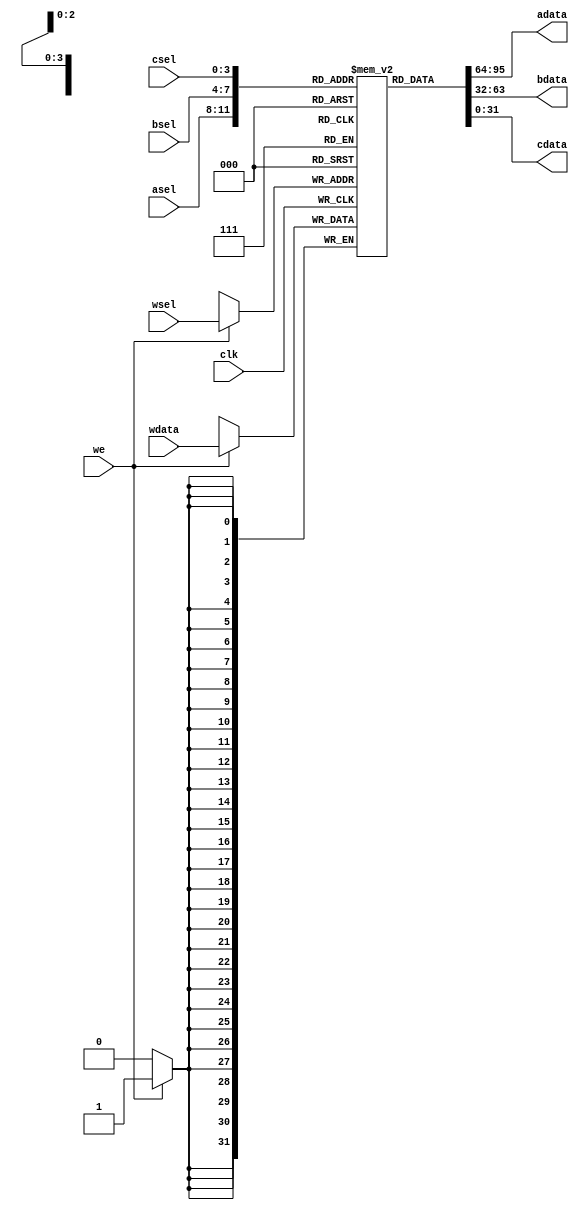
module regfile #(parameter WIDTH=32, parameter RSELWIDTH=4) (
    input clk, 
    input we, 
    input [RSELWIDTH-1:0] wsel, input  [WIDTH-1:0] wdata,
    input [RSELWIDTH-1:0] asel, output [WIDTH-1:0] adata,
    input [RSELWIDTH-1:0] bsel, output [WIDTH-1:0] bdata,
    input [RSELWIDTH-1:0] csel, output [WIDTH-1:0] cdata
    );

reg [WIDTH-1:0] R[0:2**RSELWIDTH-1];

integer k;
initial begin
    for (k = 0; k < RSELWIDTH**2; k = k + 1) R[k] = 0;
end

always @ (posedge clk)
begin
    if (we)
    begin
        R[wsel] <= wdata;
        $display("reg write %h data %h", wsel, wdata);
    end
end

assign adata = R[asel];
assign bdata = R[bsel];
assign cdata = R[csel];
   
endmodule